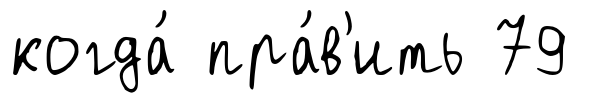
когда́ пра́в'ить 79